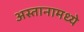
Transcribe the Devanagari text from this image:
अस्तानामध्ये